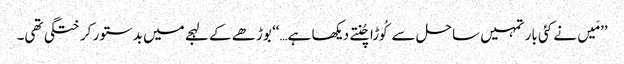
’’مَیں نے کئی بار تمہیں ساحل سےکُوڑا چُنتے دیکھا ہے…‘‘ بوڑھے کے لہجے میں بدستور کرختگی تھی۔